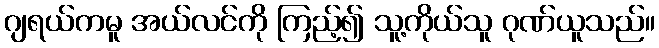
ဂျရယ်ကမူ အယ်လင်ကို ကြည့်၍ သူ့ကိုယ်သူ ဂုဏ်ယူသည်။